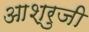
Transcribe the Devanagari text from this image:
आश्रुजी